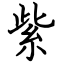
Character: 紫